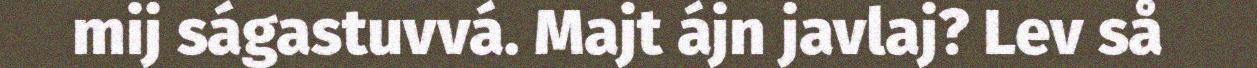
mij ságastuvvá. Majt ájn javlaj? Lev så